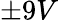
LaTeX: \pm 9V